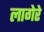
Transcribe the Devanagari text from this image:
लागेरे